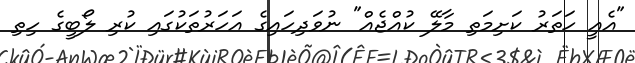
"އެއީ ހަތަރު ކަށިމަތި މާލޭ ކުއްޖެއް" ނުވަދިހައިގެ އަހަރުތަކުގައި ކުރި ލޯބީގެ ހިތި